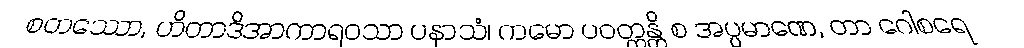
စတဿော, ဟိတာဒိအာကာရဝသာ ပနာသံ၊ ကမော ပဝတ္တန္တိ စ အပ္ပမာဏေ, တာ ဂေါစရေ